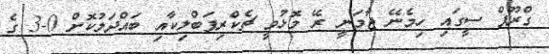
ގްރޫޕް ސީގައި ހިމެނޭ ޖާމަނީ ރޭ މޮޅުވީ ޗެކްރިޕަބްލިކާއި ބައްދަލުކޮށް 0-3 ގެ